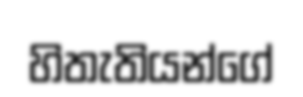
හිතැතියන්ගේ